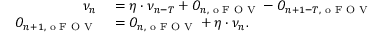
\begin{array} { r l } { \nu _ { n } } & { { } = \eta \cdot \nu _ { n - T } + O _ { n , \textrm { o F O V } } - O _ { n + 1 - T , \textrm { o F O V } } } \\ { O _ { n + 1 , \textrm { o F O V } } } & { { } = O _ { n , \textrm { o F O V } } + \eta \cdot \nu _ { n } . } \end{array}